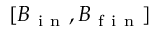
[ B _ { \mathrm { ~ i ~ n ~ } } , B _ { \mathrm { ~ f ~ i ~ n ~ } } ]